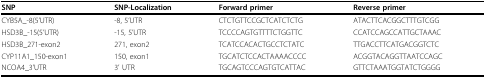
| SNP | SNP-Localization | Forward primer | Reverse primer |
 | --- | --- | --- | --- |
 | CYB5A_-8(5'UTR) | -8, 5'UTR | CTCTGTTCCGCTCATCTCTG | ATACTTCACGGCTTTGTCGG |
 | HSD3B_-15(5'UTR) | -15, 5'UTR | TCCCCAGTGTTTTCTGGTTC | CCATCCAGCCATTGCTAAAC |
 | HSD3B_271-exon2 | 271, exon2 | TCATCCACACTGCCTCTATC | TTGACCTTCATGACGGTCTC |
 | CYP11A1_150-exon1 | 150, exon1 | TGCATCTCCACTAAAACCCC | ACGGTACAGGTTAATCCAGC |
 | NCOA4_3'UTR | 3' UTR | TGCAGTCCCAGTGTCATTAC | GTTCTAAATGGTATCTGGGG |